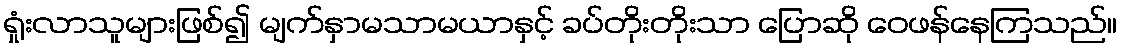
ရှုံးလာသူများဖြစ်၍ မျက်နှာမသာမယာနှင့် ခပ်တိုးတိုးသာ ပြောဆို ဝေဖန်နေကြသည်။